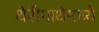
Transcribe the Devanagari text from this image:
थेरीगाथेमध्ये